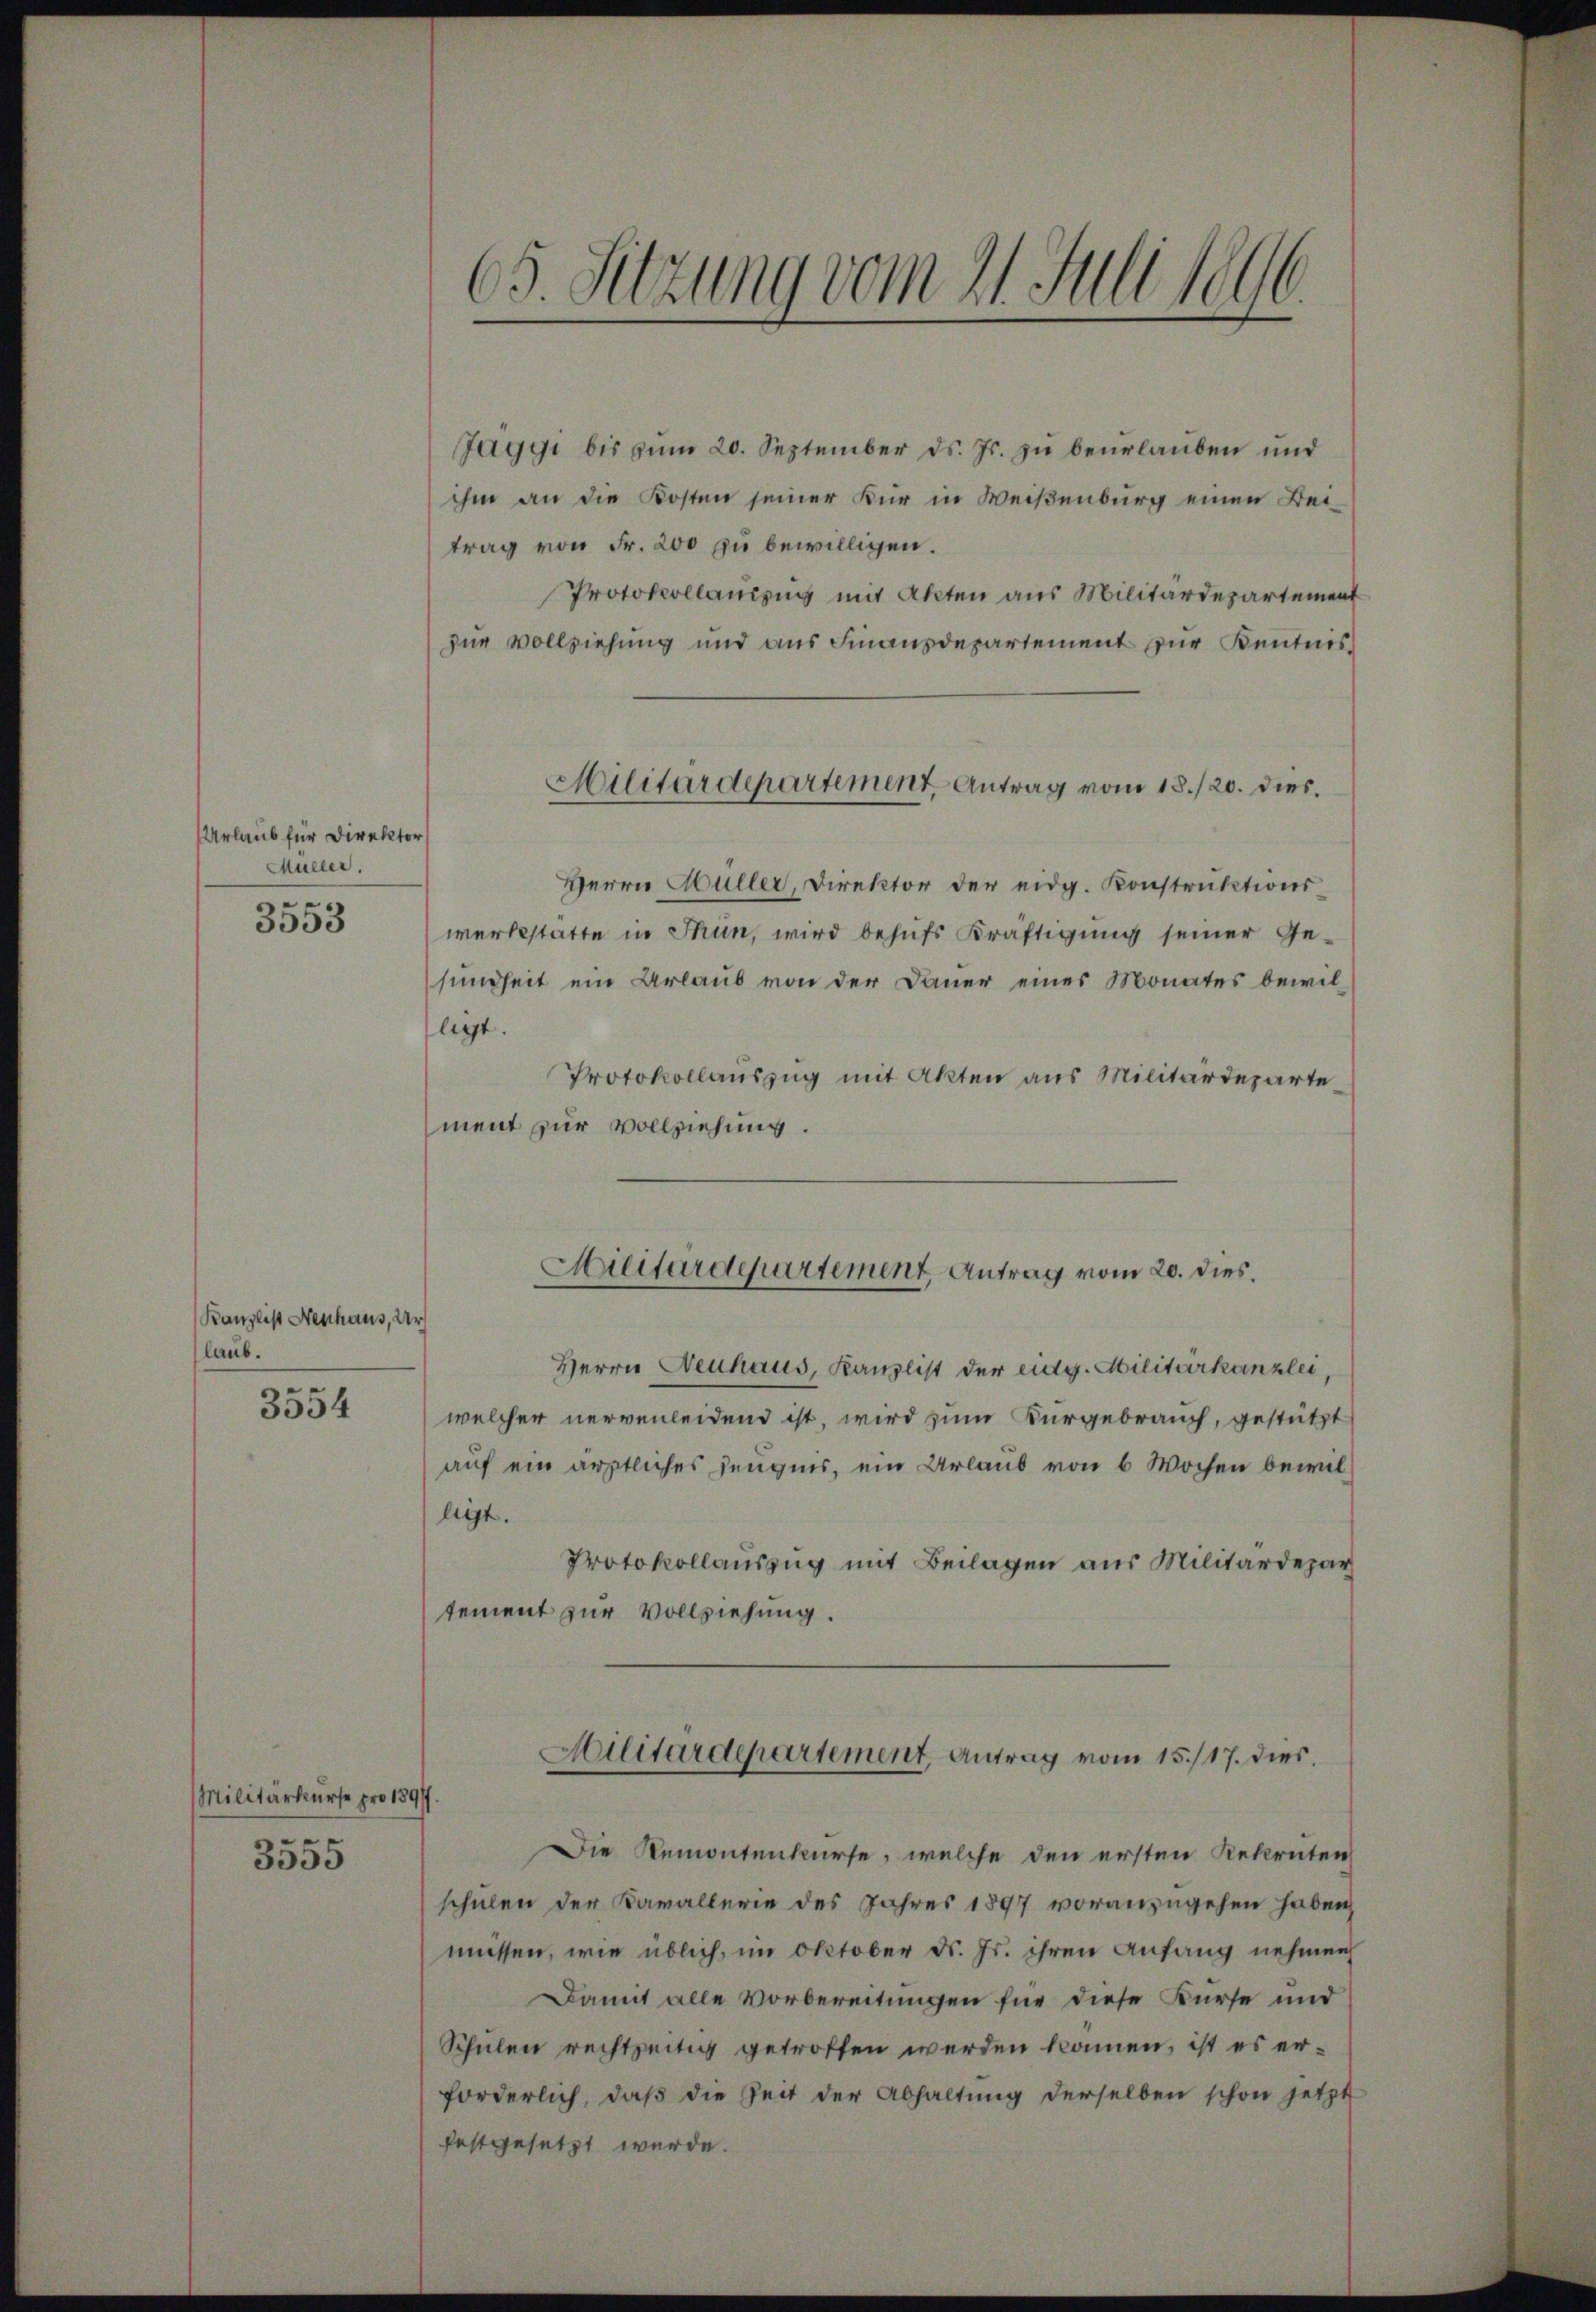
Urlaub für Direktor
Müller.
3553

Kanzlist Neuhaus, Ur
laub.

3554

Militärkurse pro 1897.
3555

65. Sitzung vom 21. Juli 1896

Jaggi bis zŭm 20. September ds. Js. zŭ beurlauben und
ihm an die Kosten seiner Kur in Weißenburg einen Beitrag von Fr. 200 zu bewilligen.
Protokollanirug mit Akten aus Militärdepartement
zur Vollziehung und aus Finanzdepartement zur Kenntnis¬
Herrn Müller, Direktor der eidg. Konstruktions
werkstätte in Thun, wird behufs Kräftigung seiner Gesundheit ein Urlaub von der Dauer eines Monates bewilligt.
Protokollauszug mit Akten aus Militärdeparte
ment zur Vollziehung.

Militärdepartement, Antrag vom 18./20. dies

Die Remontenkurse, welche den ersten Rekruten
schulen der Kavallerie des Jahres 1897 voranzugehen haben,
müssen, wie üblich, im Oktober d. Js. ihren Anfang nehmen
Damit alle Vorbereitungen für diese Kurse und
Schulen rechtzeitig getroffen werden können, ist es erforderlich, daß die Zeit der Abhaltung derselben schon jetzt

Herrn Neuhaus, Kanzlist der eidg. Militärkanzlei,
welcher nervenleidend ist, wird zum Kurgebrauch, gestützt
auf ein ärztliches Zeugnis, ein Urlaub von 6 Wochen bewilligt.
Protokollauszug mit Beilagen aus Militärdepar
tement zur Vollziehung.

Militärdepartement Antrag vom 20. dies.

festgesetzt wurde.

Militärdepartement, Antrag vom 15./17. dies